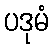
ပဒုမံ